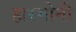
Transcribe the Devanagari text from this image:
हारमोनी